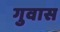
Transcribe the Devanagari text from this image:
गुवास